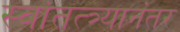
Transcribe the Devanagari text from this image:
स्वांतत्त्र्यानंतर